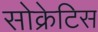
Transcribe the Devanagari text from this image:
सोक्रेटिस